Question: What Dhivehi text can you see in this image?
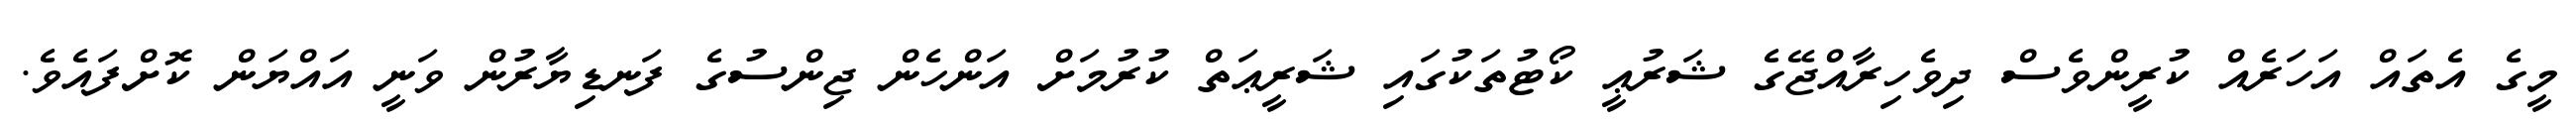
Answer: މީގެ އެތައް އަހަރެއް ކުރީންވެސް ދިވެހިރާއްޖޭގެ ޝަރުޢީ ކޯޓުތަކުގައި ޝަރީޢަތް ކުރުމަށް އަންހެން ޖިންސުގެ ފަނޑިޔާރުން ވަނީ އައްޔަން ކޮށްފައެވެ.